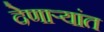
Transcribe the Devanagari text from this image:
देणाऱ्यांत